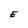
Character: E